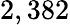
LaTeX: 2,382